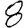
Digit: 8